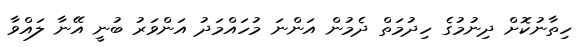
ހިތާނުކޮށް ދިނުމުގެ ހިދުމަތް ދެމުން އަންނަ މުހައްމަދު އަންވަރު ބުނީ އޭނާ ލައްވާ